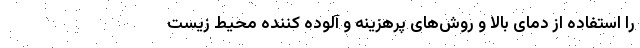
را استفاده از دمای بالا و روش‌های پرهزینه و آلوده کننده محیط زیست